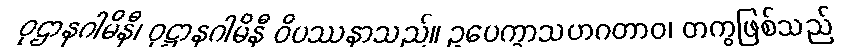
ဝုဌာနဂါမိနီ၊ ဝုဋ္ဌာနဂါမိနီ ဝိပဿနာသည်။ ဥပေက္ခာသဟဂတာဝ၊ တကွဖြစ်သည်